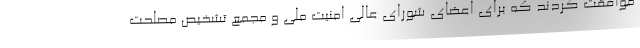
موافقت کردند که برای اعضای شورای عالی امنیت ملی و مجمع تشخیص مصلحت